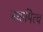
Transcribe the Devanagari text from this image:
स्थापित्व